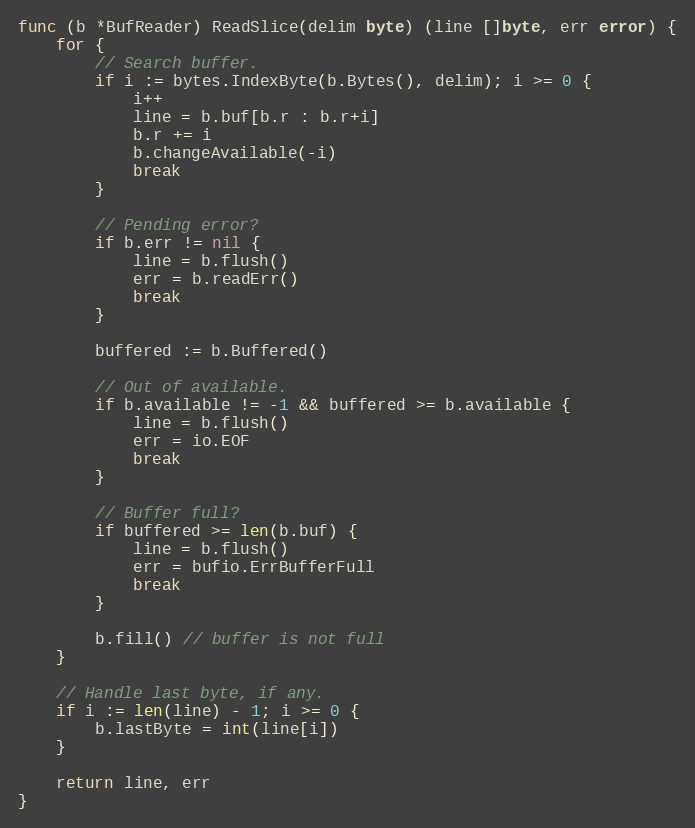
Language: Go
func (b *BufReader) ReadSlice(delim byte) (line []byte, err error) {
	for {
		// Search buffer.
		if i := bytes.IndexByte(b.Bytes(), delim); i >= 0 {
			i++
			line = b.buf[b.r : b.r+i]
			b.r += i
			b.changeAvailable(-i)
			break
		}

		// Pending error?
		if b.err != nil {
			line = b.flush()
			err = b.readErr()
			break
		}

		buffered := b.Buffered()

		// Out of available.
		if b.available != -1 && buffered >= b.available {
			line = b.flush()
			err = io.EOF
			break
		}

		// Buffer full?
		if buffered >= len(b.buf) {
			line = b.flush()
			err = bufio.ErrBufferFull
			break
		}

		b.fill() // buffer is not full
	}

	// Handle last byte, if any.
	if i := len(line) - 1; i >= 0 {
		b.lastByte = int(line[i])
	}

	return line, err
}